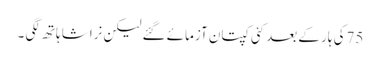
75کی ہار کے بعد کئی کپتان آزمائے گئے لیکن نراشا ہاتھ لگی ۔